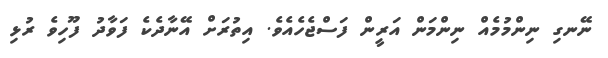
ނޭނގި ނިންމުމެއް ނިންމަން އަރީން ފަސްޖެހެއެވެ. އިތުރަށް އޭނާދެކެ ފަވާދު ފޫހިވެ ރުޅި